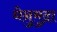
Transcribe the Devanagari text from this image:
धेनुमुद्रा